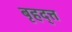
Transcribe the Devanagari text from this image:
बृहद्त्त